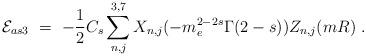
LaTeX: \begin{align*}{\cal E}_{as3}\ =\ -\frac 12 C_s \sum_{n,j}^{3,7}X_{n,j}(-m_e^{2-2s}\Gamma(2-s))Z_{n,j}(mR)\ .\end{align*}